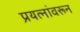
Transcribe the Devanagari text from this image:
प्रयत्‍नांवरून